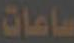
ساعات